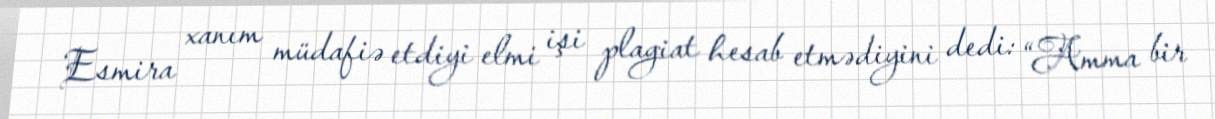
Esmira xanım müdafiə etdiyi elmi işi plagiat hesab etmədiyini dedi: “Amma bir